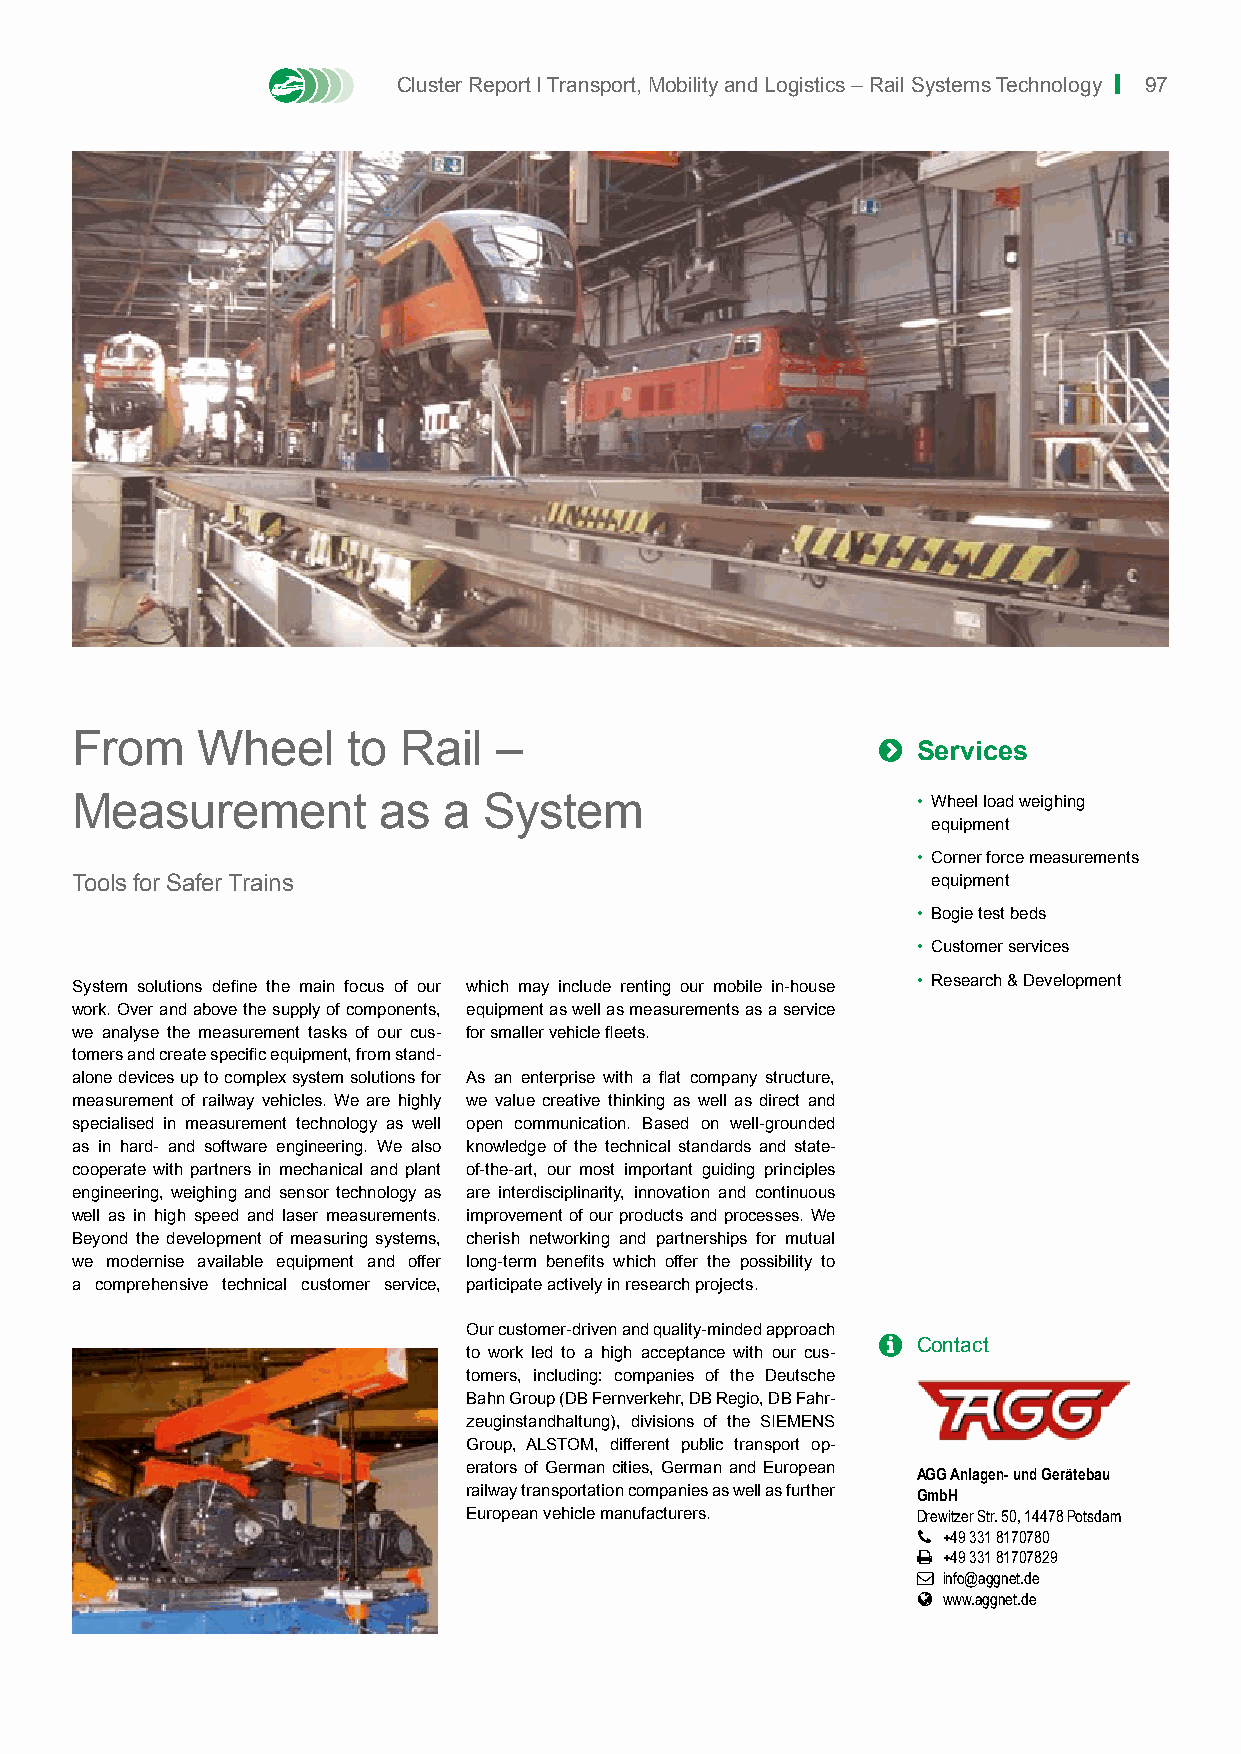
Cluster Report I Transport, Mobility and Logistics – Rail Systems Technology | 97
 From    Wheel     to Rail   –                        
 Services
 Measurement         as  a  System                       • Wheel load weighing
 equipment
 • Corner force measurements
 Tools for Safer Trains                                   equipment
 • Bogie test beds
 • Customer services
 System solutions define the main focus of our which may include renting our mobile in-house • Research & Development
 work. Over and above the supply of components, equipment as well as measurements as a service
 we analyse the measurement tasks of our cus- for smaller vehicle fleets.
 tomers and create specific equipment, from stand-
 alone devices up to complex system solutions for As an enterprise with a flat company structure,
 measurement of railway vehicles. We are highly we value creative thinking as well as direct and
 specialised in measurement technology as well open communication. Based on well-grounded
 as in hard- and software engineering. We also knowledge of the technical standards and state-
 cooperate with partners in mechanical and plant of-the-art, our most important guiding principles
 engineering, weighing and sensor technology as are interdisciplinarity, innovation and continuous
 well as in high speed and laser measurements. improvement of our products and processes. We
 Beyond the development of measuring systems, cherish networking and partnerships for mutual
 we modernise available equipment and offer long-term benefits which offer the possibility to
 a comprehensive technical customer service, participate actively in research projects.
 Our customer-driven and quality-minded approach
   Contact
 to work led to a high acceptance with our cus-
 tomers, including: companies of the Deutsche
 Bahn Group (DB Fernverkehr, DB Regio, DB Fahr-
 zeuginstandhaltung), divisions of the SIEMENS
 Group, ALSTOM, different public transport op-
 erators of German cities, German and European AGG Anlagen- und Gerätebau
 railway transportation companies as well as further GmbH
 European vehicle manufacturers. Drewitzer Str. 50, 14478 Potsdam
  +49 331 8170780
  +49 331 81707829
  info@aggnet.de
  www.aggnet.de